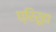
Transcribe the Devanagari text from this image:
घ्रिरूढा